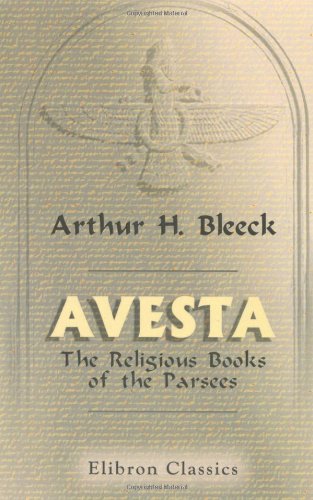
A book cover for Avesta: The Religious Books of the Parsees. Volumes 1-3; Arthur Henry Bleeck; Religion & Spirituality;